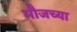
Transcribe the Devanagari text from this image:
मौजच्या